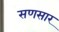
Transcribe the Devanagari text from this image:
सणसार